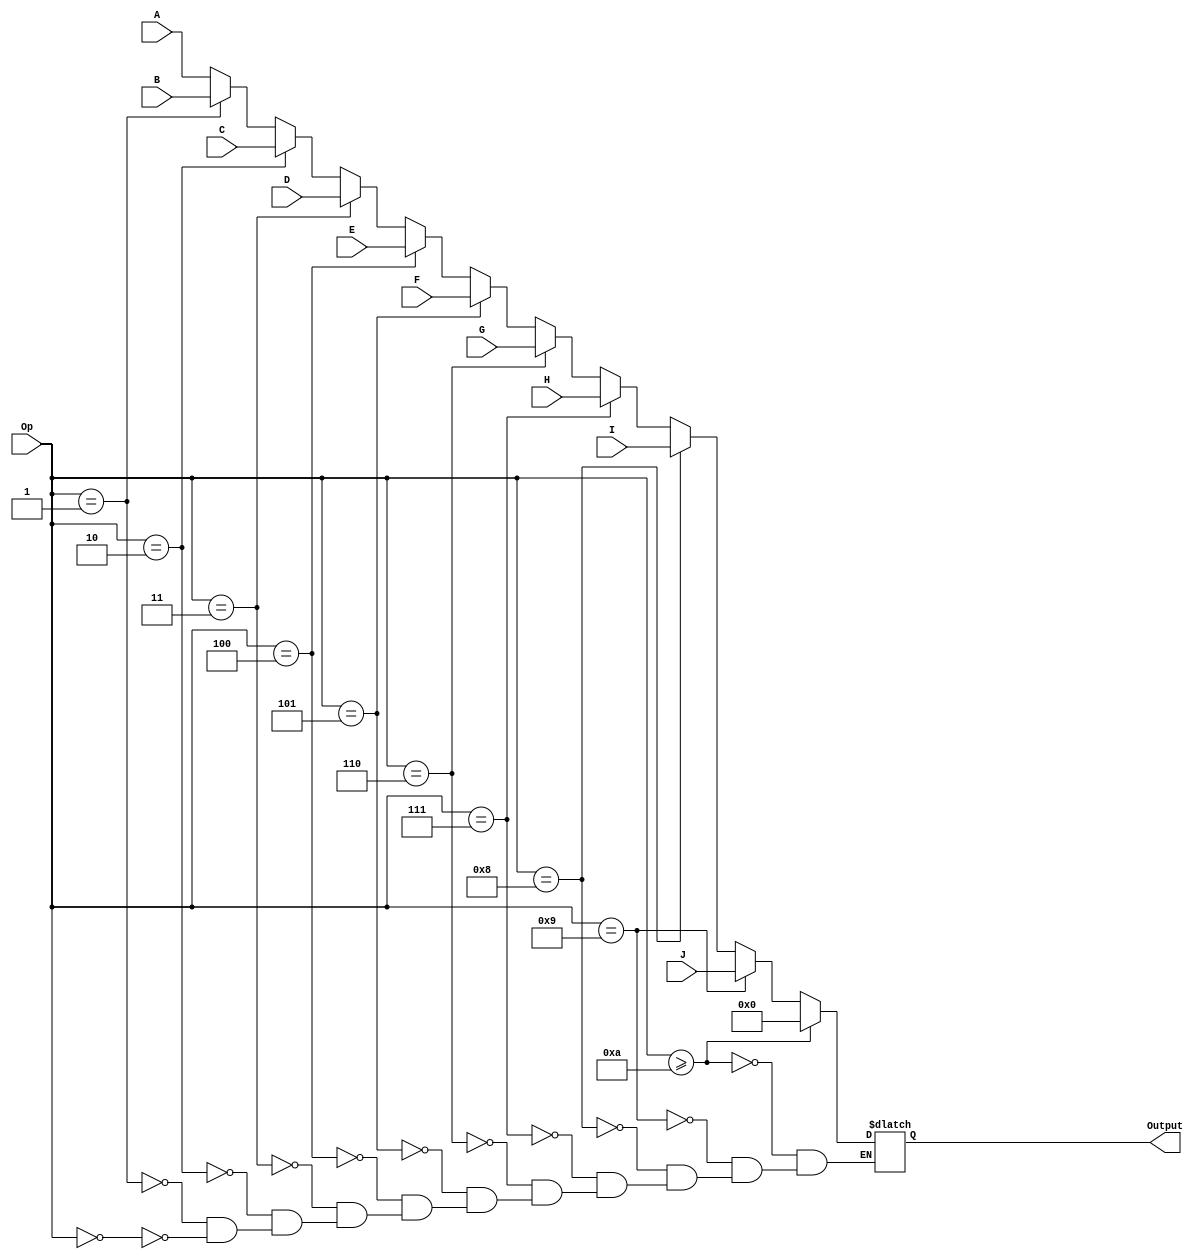
module mux_16b_10input(
    input [15:0] A,
    input [15:0] B,
    input [15:0] C,
    input [15:0] D,
    input [15:0] E,
    input [15:0] F,
    input [15:0] G,
    input [15:0] H,
    input [15:0] I,
    input [15:0] J,
    input [4:0] Op,
    output [15:0] Output
    );
	 
	 reg [15:0] out;
	 assign Output = out;
always @ (*) begin
	if (Op == 0)
	out = A;
	
	if (Op == 1)
	out = B;
	
	if (Op == 2)
	out = C;
	
	if (Op == 3)
	out = D;
	
	if (Op == 4)
	out = E;
	
	if (Op == 5)
	out = F;
	
	if (Op == 6)
	out = G;
	
	if (Op == 7)
	out = H;
	
	if (Op == 8)
	out = I;
	
	if (Op == 9)
	out = J;
	
	if(Op >= 10)
	out = 0;
	
	
	
	
end


endmodule